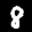
Label: 8